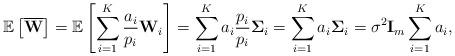
LaTeX: \begin{align*}\mathbb{E}\left[\overline{\mathbf{W}}\right] = \mathbb{E}\left[\sum^K_{i=1} \frac{a_i}{p_i} \mathbf{W}_i \right] = \sum^K_{i=1} a_i\frac{p_i}{p_i} \mathbf{\Sigma}_i = \sum^K_{i=1} a_i \mathbf{\Sigma}_i=\sigma^2\mathbf{I}_m\sum^K_{i=1} a_i,\end{align*}